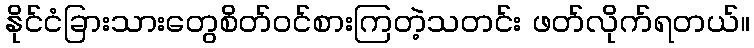
နိုင်ငံခြားသားတွေစိတ်ဝင်စားကြတဲ့သတင်း ဖတ်လိုက်ရတယ်။